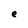
Character: e